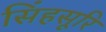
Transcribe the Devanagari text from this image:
सिंहसूरि